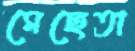
মেছেতা